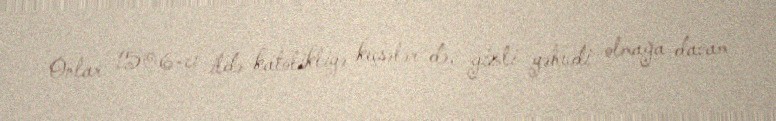
Onlar 1506-cı ildə katolikliyə keçsələr də, gizli yəhudi olmağa davam